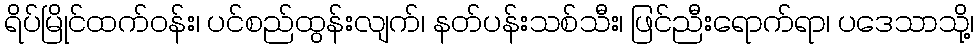
ရိပ်မြိုင်ထက်ဝန်း၊ ပင်စည်ထွန်းလျက်၊ နတ်ပန်းသစ်သီး၊ ဖြင်ညီးရောက်ရာ၊ ပဒေသာသို့၊